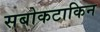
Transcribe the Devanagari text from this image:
सबोकटाकिन